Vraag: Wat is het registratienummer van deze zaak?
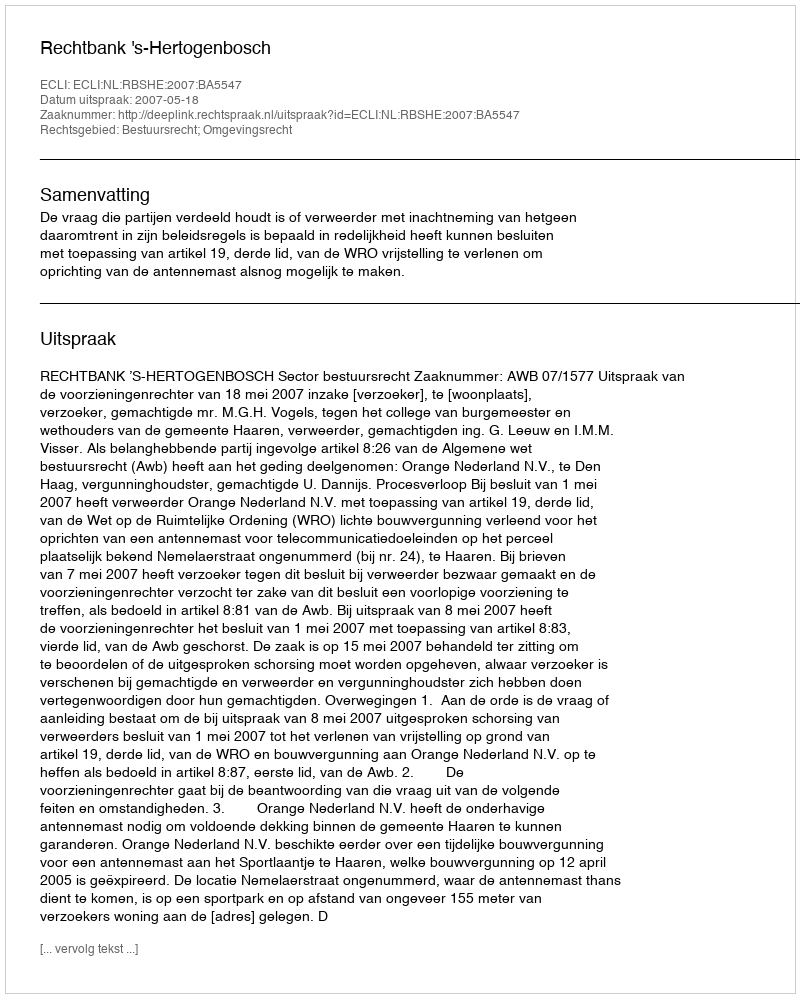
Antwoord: http://deeplink.rechtspraak.nl/uitspraak?id=ECLI:NL:RBSHE:2007:BA5547